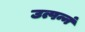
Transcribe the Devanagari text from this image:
उत्पन्नं